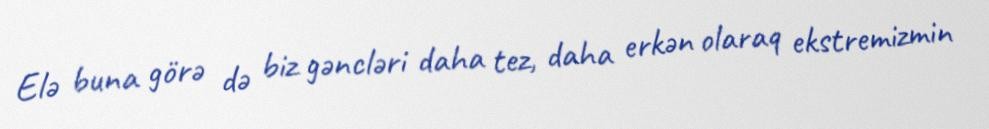
Elə buna görə də biz gəncləri daha tez, daha erkən olaraq ekstremizmin